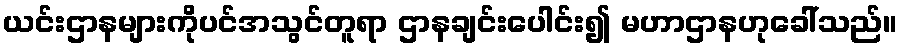
ယင်းဌာနများကိုပင်အသွင်တူရာ ဌာနချင်းပေါင်း၍ မဟာဌာနဟုခေါ်သည်။